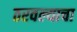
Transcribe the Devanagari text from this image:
ठरवल्याचा